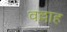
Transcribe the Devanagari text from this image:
वल्लाह